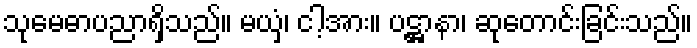
သုမေဓာပညာရှိသည်။ မယှံ၊ ငါ့အား။ ပဋ္ဌာနာ၊ ဆုတောင်းခြင်းသည်။